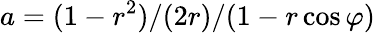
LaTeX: a=(1-r^{2})/(2r)/(1-r\cos\varphi)